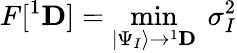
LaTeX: F[{}^{1}{\mathbf D}]=\operatorname*{min}_{|\Psi_{I}\rangle\to{}^{1}{\mathbf D}}~\sigma_{I}^{2}